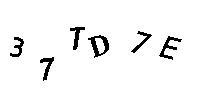
37TD7E